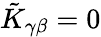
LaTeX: \tilde{K}_{\gamma\beta}=0